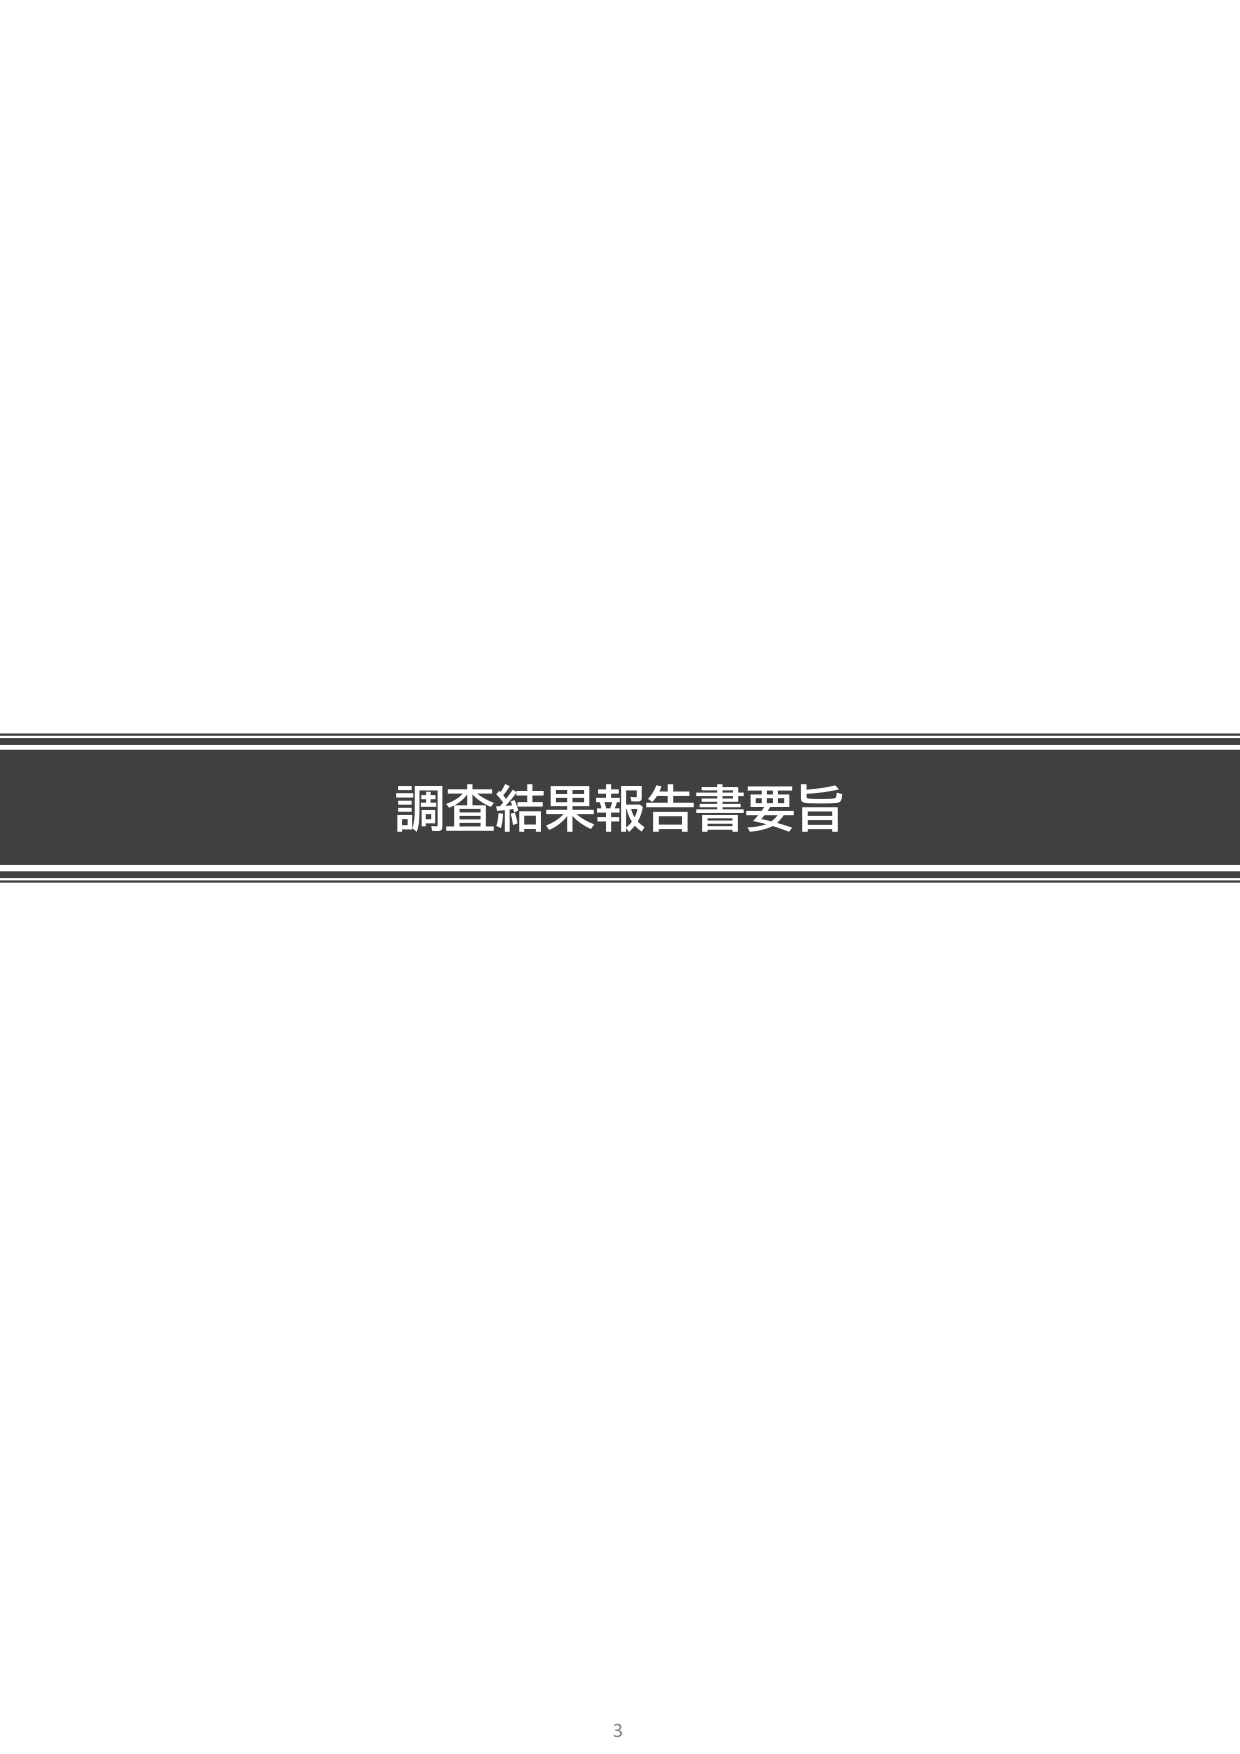
調査結果報告書要旨
3